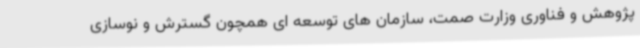
پژوهش و فناوری وزارت صمت، سازمان های توسعه ای همچون گسترش و نوسازی